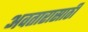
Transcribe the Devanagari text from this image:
अवतारासाठी